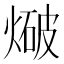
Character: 𭵤